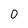
Character: 0